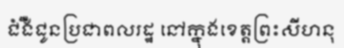
ជំងឺជូនប្រជាពលរដ្ឋ នៅក្នុងខេត្តព្រះសីហនុ